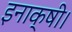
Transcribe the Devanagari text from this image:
इनाक्षी।